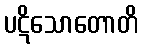
ပဋိသောတောတိ